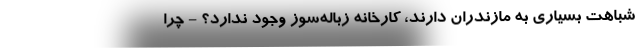
شباهت بسیاری به مازندران دارند، کارخانه زباله‌سوز وجود ندارد؟ - چرا